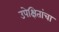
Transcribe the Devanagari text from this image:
उपेक्षितांचा